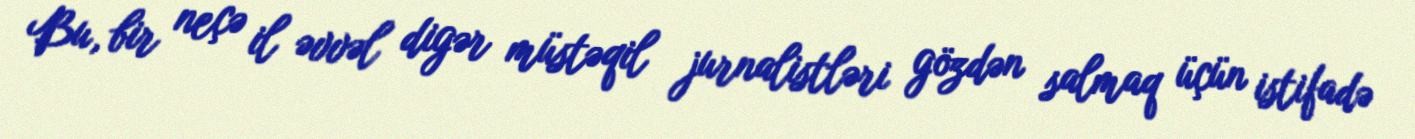
Bu, bir neçə il əvvəl digər müstəqil jurnalistləri gözdən salmaq üçün istifadə